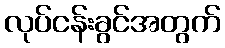
လုပ်ငန်းခွင်အတွက်